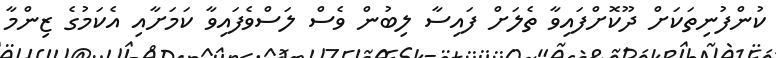
ކުންފުނިތަކަށް ދޫކޮށްފައިވާ ތެލަށް ފައިސާ ލިބުން ވެސް ލަސްވެފައިވާ ކަމަށާއި އެކަމުގެ ޒިންމާ